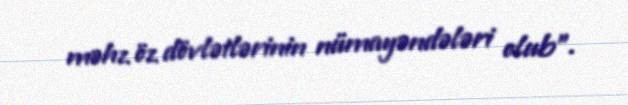
məhz öz dövlətlərinin nümayəndələri olub”.